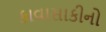
કાવાસાકીનો